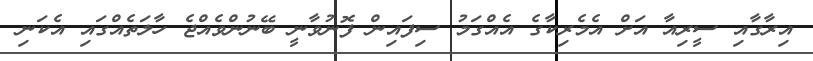
އިރާގާއި ސީރިއާ އަށް އެމެރިކާގެ އެއްގަމު ސިފައިން ފޮނުވާނީ ބޭނުންވެއްޖެ ހާލަތެއްގައި އެކަނި